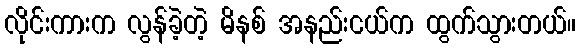
လိုင်းကားက လွန်ခဲ့တဲ့ မိနစ် အနည်းငယ်က ထွက်သွားတယ်။